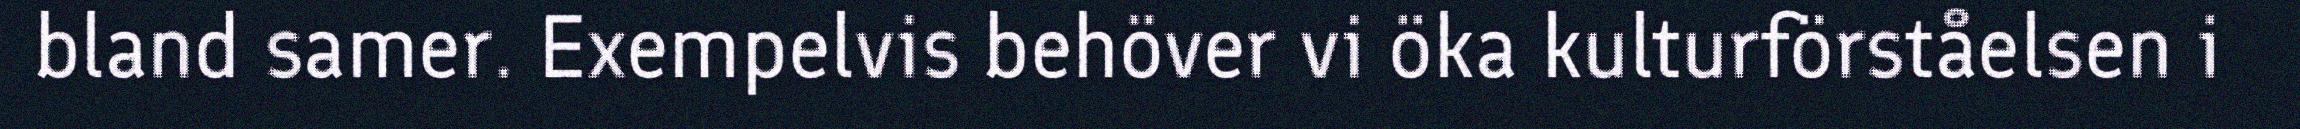
bland samer. Exempelvis behöver vi öka kulturförståelsen i